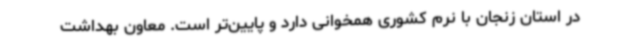
در استان زنجان با نرم کشوری همخوانی دارد و پایین‌تر است. معاون بهداشت